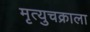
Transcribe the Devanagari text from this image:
मृत्युचक्राला